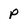
Character: P